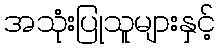
အသုံးပြုသူများနှင့်